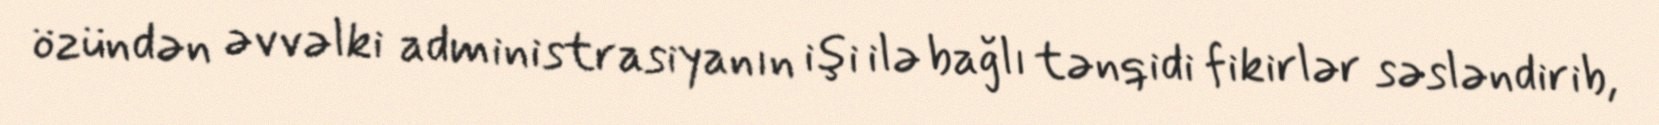
özündən əvvəlki administrasiyanın işi ilə bağlı tənqidi fikirlər səsləndirib,